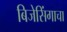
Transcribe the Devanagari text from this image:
बिजेसिंगाचा